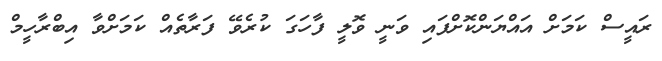
ރައީސް ކަމަށް އައްޔަންކޮށްފައި ވަނީ ވޮލީ ފާހަގަ ކުރެވޭ ފަރާތެއް ކަމަށްވާ އިބްރާހީމް